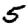
Digit: 5